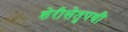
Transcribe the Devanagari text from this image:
शेरीसेतुपथी